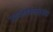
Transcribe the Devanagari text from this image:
गताभिषेकतस्तथा